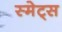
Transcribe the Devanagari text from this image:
स्मेट्स